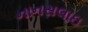
નાનસલાઇ